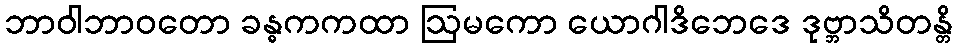
ဘာဝါဘာဝတော ခန္ဓကကထာ ဩမကော ယောဂါဒိဘေဒေ ဒုဗ္ဘာသိတန္တိ